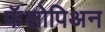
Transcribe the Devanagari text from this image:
फॅलोपिअन